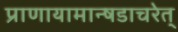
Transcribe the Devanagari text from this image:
प्राणायामान्षडाचरेत्